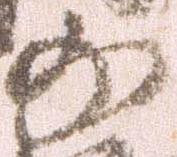
少